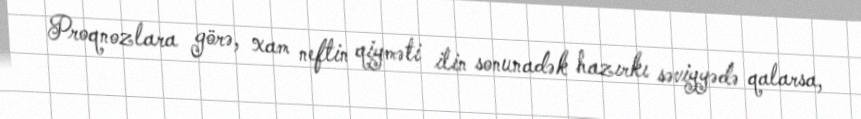
Proqnozlara görə, xam neftin qiyməti ilin sonunadək hazırkı səviyyədə qalarsa,